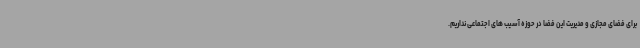
برای فضای مجازی و مدیریت این فضا در حوزه آسیب های اجتماعی نداریم.